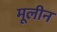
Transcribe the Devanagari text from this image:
मूलीन